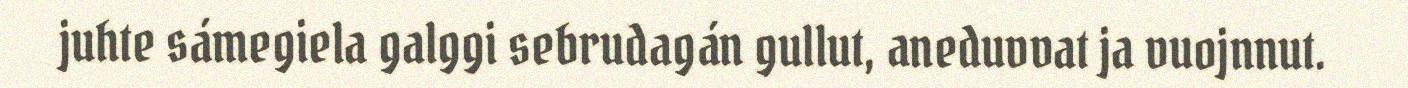
juhte sámegiela galggi sebrudagán gullut, aneduvvat ja vuojnnut.